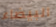
البيضاء